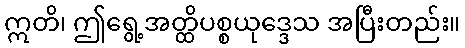
ဣတိ၊ ဤရွေ့အတ္ထိပစ္စယုဒ္ဒေသ အပြီးတည်း။